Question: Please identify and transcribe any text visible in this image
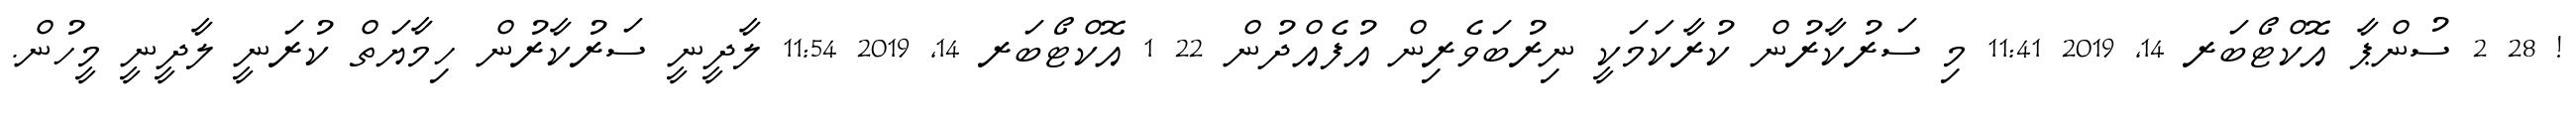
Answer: ! 28 2 ސުންޕާ އޮކްޓޯބަރ 14, 2019 11:41 މި ސަރުކާރުން ކުރާކަމަކީ ނިރުބަވެރިން އުފެއްދުން 22 1 އޮކްޓޯބަރ 14, 2019 11:54 ލާދީނީ ސަރުކާރުން ހިމާޔަތް ކުރަނީ ލާދީނީ މީހުން.